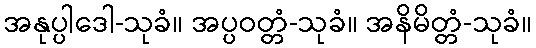
အနုပ္ပါဒေါ-သုခံ။ အပ္ပဝတ္တံ-သုခံ။ အနိမိတ္တံ-သုခံ။